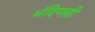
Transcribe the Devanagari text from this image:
भंदिगड़ी